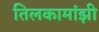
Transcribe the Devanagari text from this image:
तिलकामांझी